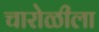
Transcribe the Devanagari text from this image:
चारोळीला